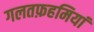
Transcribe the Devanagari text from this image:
गलतफ़हमियां